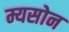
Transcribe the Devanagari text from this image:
म्यसोन